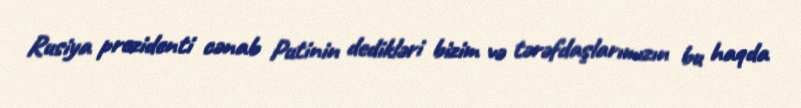
Rusiya prezidenti cənab Putinin dedikləri bizim və tərəfdaşlarımızın bu haqda